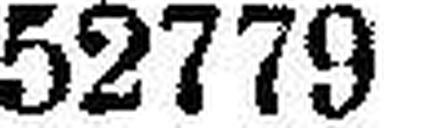
52779